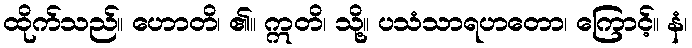
ထိုက်သည်။ ဟောတိ၊ ၏။ ဣတိ၊ သို့။ ပသံသာရဟတော၊ ကြောင့်။ နံ၊